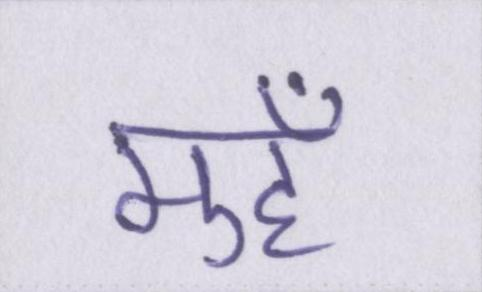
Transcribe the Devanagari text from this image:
मुहँ